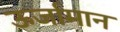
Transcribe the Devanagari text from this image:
ऊर्जामान